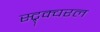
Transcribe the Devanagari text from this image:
स्ट्र्क्चरल